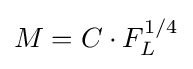
M=C\cdot F_{L}^{1/4}